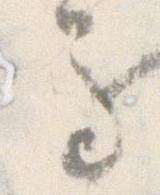
馬